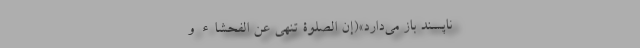
ناپسند باز می‌دارد»(‌إِنَّ الصَّلَوةَ تَنْهَى عَنِ الْفَحْشَاءِ و